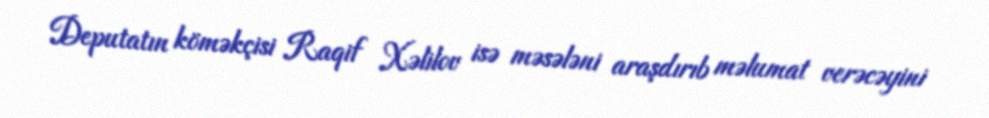
Deputatın köməkçisi Raqif Xəlilov isə məsələni araşdırıb məlumat verəcəyini